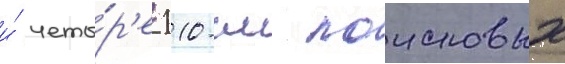
и́ четы́р'е 110-см поисковых